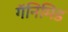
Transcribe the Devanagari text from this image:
गॅनिमिड